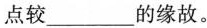
点较___的缘故。